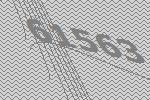
61563